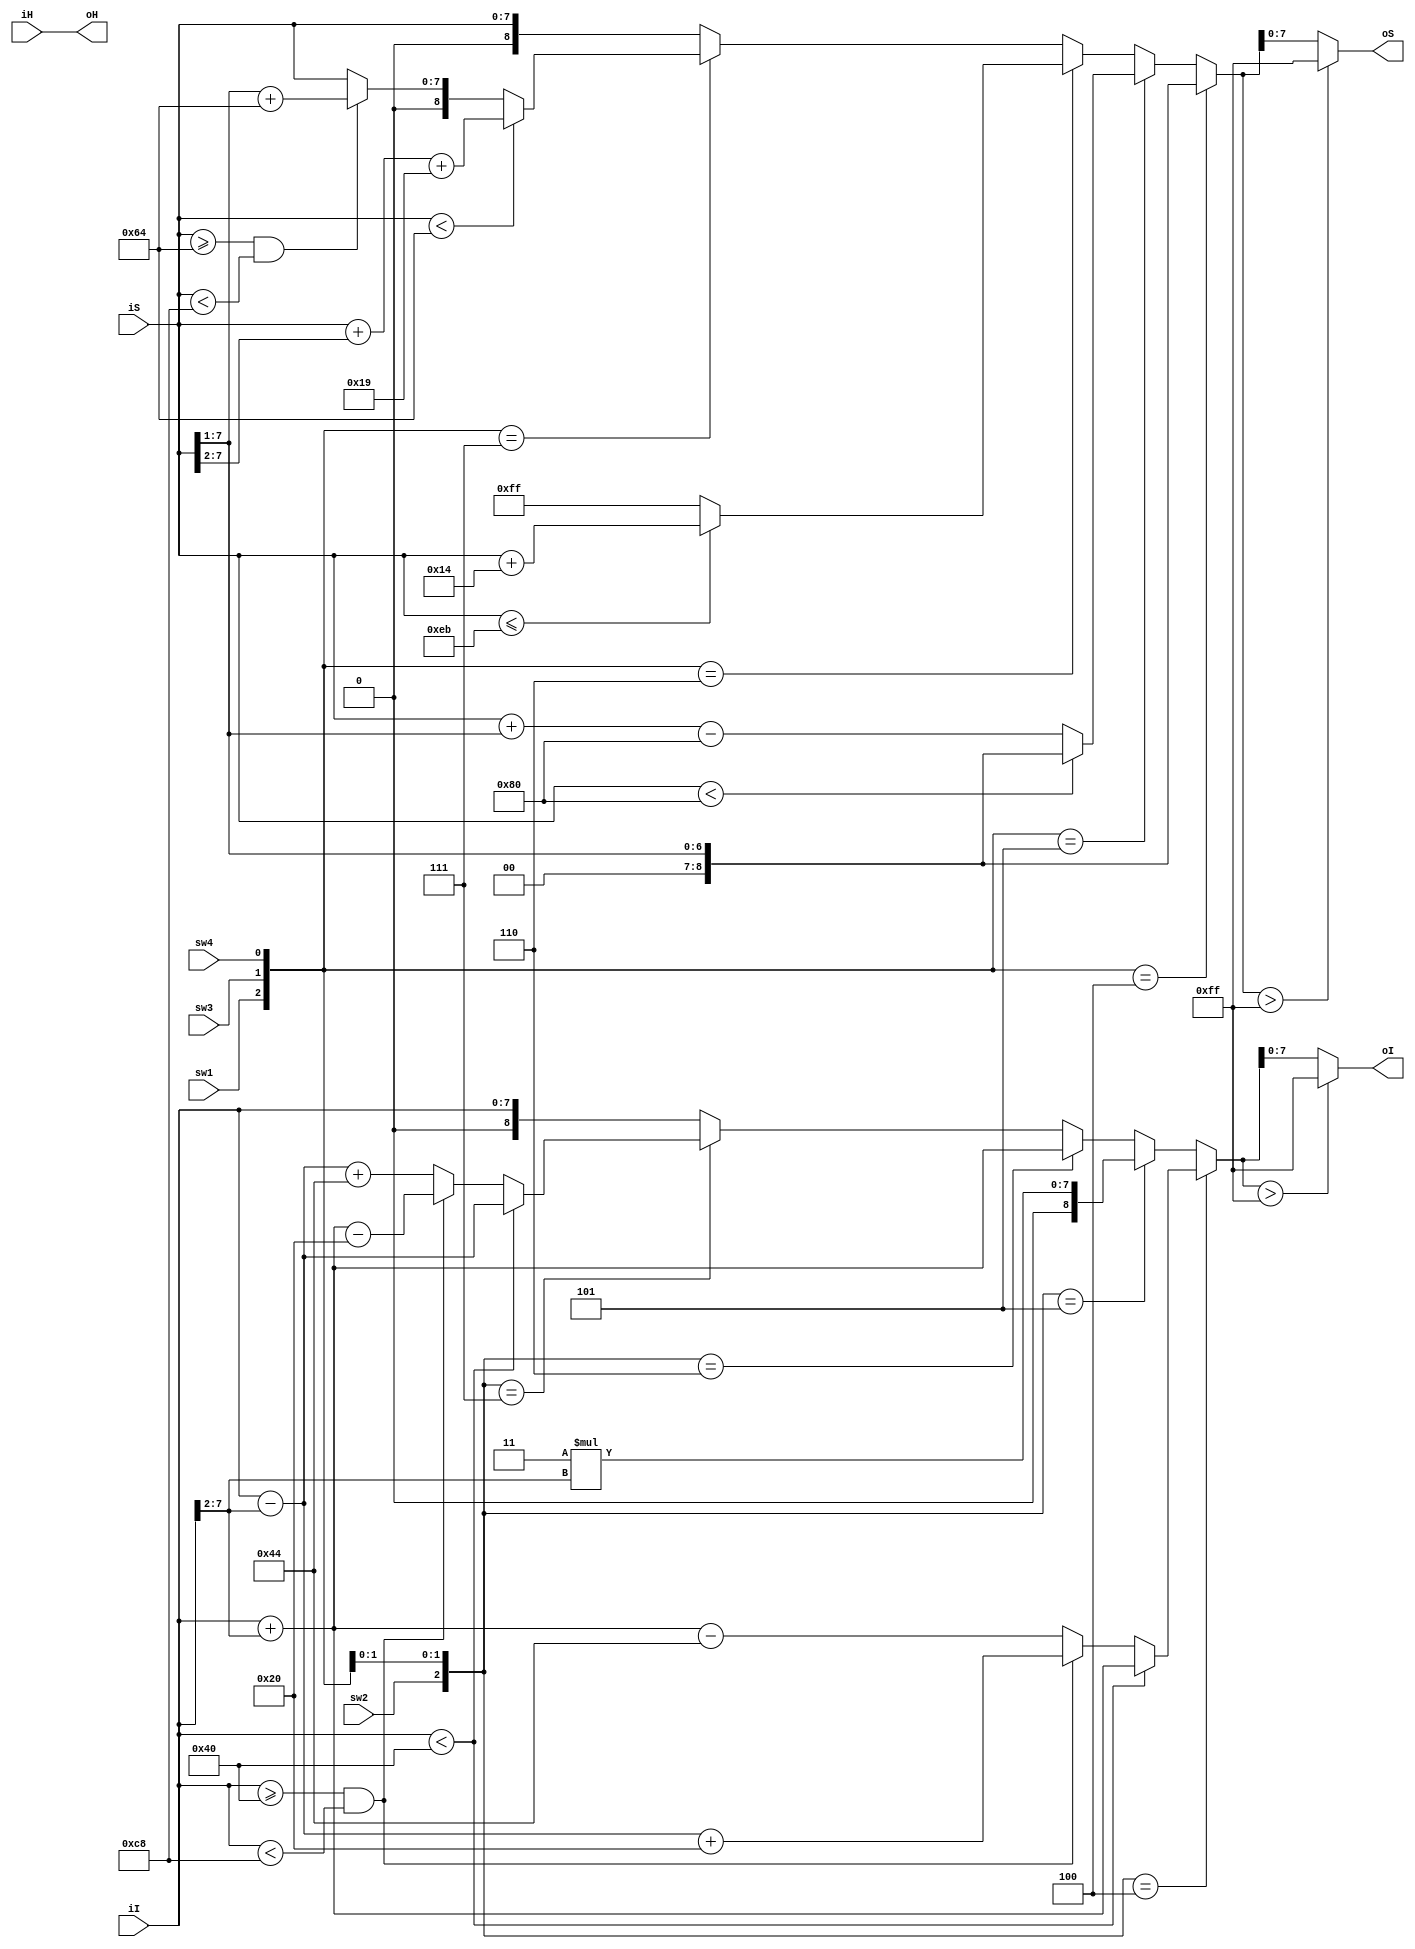
module HSI2HSI(
	iH,
	iS,
	iI,
	sw1,
	sw2,
	sw3,
	sw4,
	oH,
	oS,
	oI
);
input		[8:0]	iH;
input		[7:0]	iS;
input		[7:0]	iI;
input               sw1;
input               sw2;
input               sw3;
input               sw4;
output      [8:0]   oH;
output      [7:0]   oS;
output      [7:0]   oI;

reg [8:0] oH_w;
reg [8:0] oS_w;
reg [8:0] oI_w;

assign oH = oH_w; 
assign oS = (oS_w>255)?255:oS_w[7:0];
assign oI = (oI_w>255)?255:oI_w[7:0];

always @(*) begin
	oH_w = iH;
	if({sw1,sw3,sw4}==3'b100) begin
		oS_w = (iS >> 1);
	end
	else if({sw1,sw3,sw4}==3'b101) begin
		oS_w = (iS <128) ? (iS >> 1) : (iS + (iS >> 1) - 128);
	end
	else if({sw1,sw3,sw4}==3'b110) begin
		oS_w = (iS<=235) ? iS + 20 : 255;
	end
	else if({sw1,sw3,sw4}==3'b111) begin
		oS_w = (iS<100) ? (iS+(iS>>2)+25) : (iS>=100 && iS < 200) ? ((iS>>1)+100) : iS;
	end
	else begin
		oS_w = iS;
	end
	//
	if({sw2,sw3,sw4}==3'b100) begin
		oI_w = (iI<64)?(iI+(iI>>2)):(iI>=64 && iI<200)?(iI-(iI>>2)+32):(iI+(iI>>2)-68);
	end
	else if({sw2,sw3,sw4}==3'b101) begin
		oI_w = 3*(iI >> 2);
	end
	else if({sw2,sw3,sw4}==3'b110) begin
		oI_w = iI + (iI>>2);
	end
	else if({sw2,sw3,sw4}==3'b111) begin
		oI_w = (iI<64)?(iI-(iI>>2)):(iI>=64 && iI<200)?(iI+(iI>>2)-32):(iI-(iI>>2)+68);
	end
	else begin
		oI_w = iI;
	end
	
end


endmodule // HSI